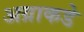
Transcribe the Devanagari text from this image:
अग्राकडे